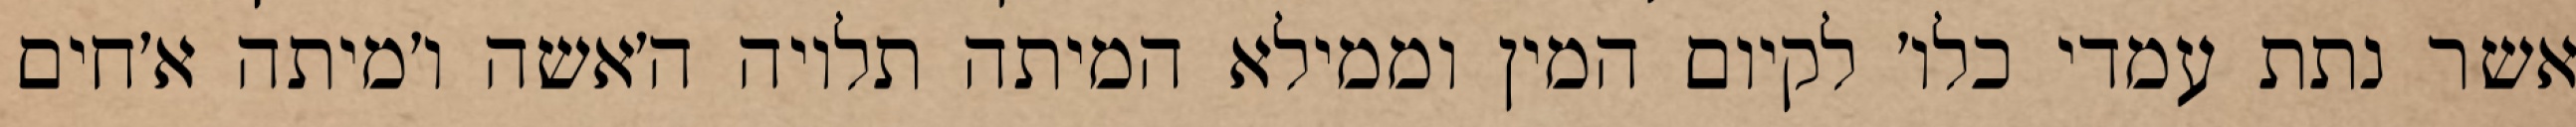
אשר נתת עמדי כלו׳ לקיום המין וממילא המיתה תלויה ה׳אשה ו׳מיתה א׳חים